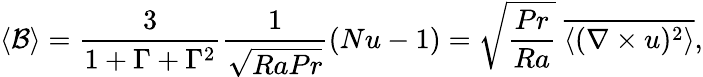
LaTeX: \left\langle\mathcal{B}\right\rangle=\frac{3}{1+\Gamma+\Gamma^{2}}\frac{1}{\sqrt{RaPr}}(Nu-1)=\sqrt{\frac{Pr}{Ra}}\; \overline{{\left\langle(\nabla\times u)^{2}\right\rangle}},